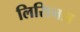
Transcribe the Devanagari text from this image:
लिसिनस